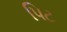
પિટ